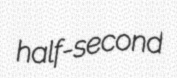
half-second